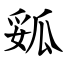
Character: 㼏